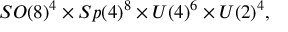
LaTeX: S O ( 8 ) ^ { 4 } \times S p ( 4 ) ^ { 8 } \times U ( 4 ) ^ { 6 } \times U ( 2 ) ^ { 4 } ,